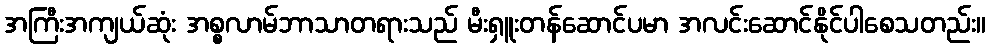
အကြီးအကျယ်ဆုံး အစ္စလာမ်ဘာသာတရားသည် မီးရှူးတန်ဆောင်ပမာ အလင်းဆောင်နိုင်ပါစေသတည်း။